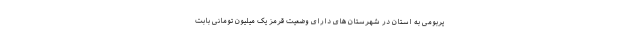
یربومی به استان در شهرستان های دارای وضعیت قرمز یک میلیون تومانی بابت